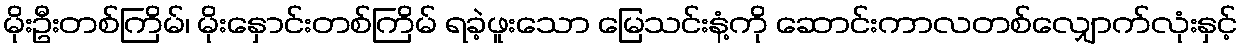
မိုးဦးတစ်ကြိမ်၊ မိုးနှောင်းတစ်ကြိမ် ရခဲ့ဖူးသော မြေသင်းနံ့ကို ဆောင်းကာလတစ်လျှောက်လုံးနှင့်